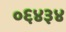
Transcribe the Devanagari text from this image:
०६४३४